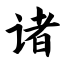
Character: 诸